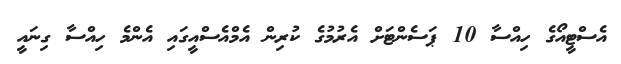
އެސްޓީއޯގެ ހިއްސާ 10 ޕަސެންޓަށް އެރުމުގެ ކުރިން އެމްއެސްއީގައި އެންމެ ހިއްސާ ގިނައީ